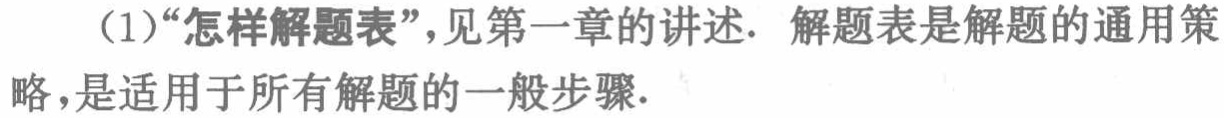
（1）“怎样解题表”，见第一章的讲述. 解题表是解题的通用策略，是适用于所有解题的一般步骤.